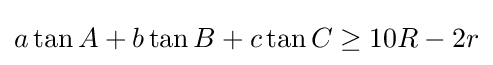
a\tan A+b\tan B+c\tan C\geq 10R-2r